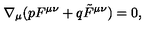
\nabla _ { \mu } ( p F ^ { \mu \nu } + q \tilde { F } ^ { \mu \nu } ) = 0 ,